Vaccination Hyderabad 1872-1889 - 1872-1889
Year: 1872
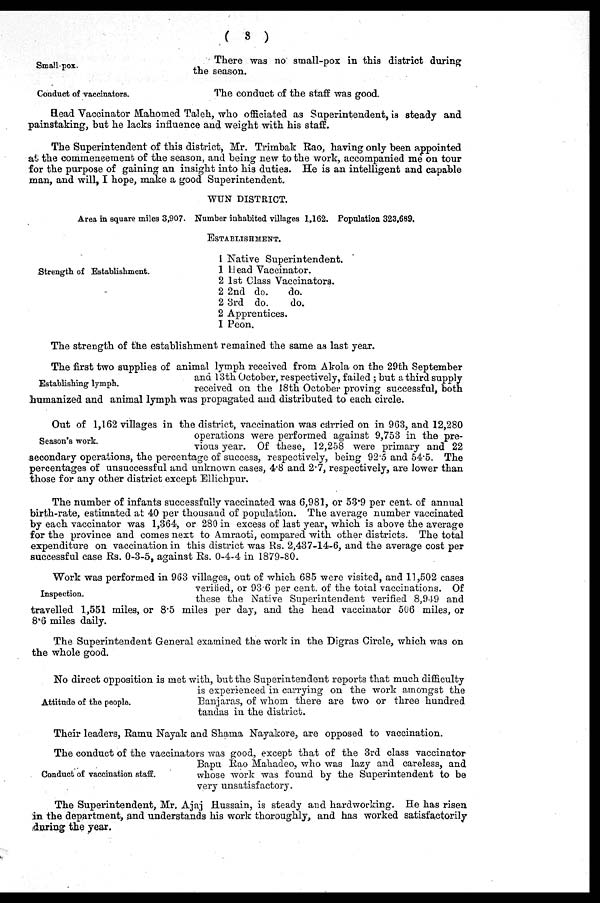
(
3 )
Small-pox.
There was no small-pox in this district during
the season.
Conduct of vaccinators.
The conduct of the staff was good.
Head Vaccinator Mahomed Taleh, who officiated as Superintendent, is steady and
painstaking, but he lacks influence and weight with his staff.
The Superintendent of this district, Mr. Trimbak Rao, having only been appointed
at the commencement of the season, and being new to the work, accompanied me on tour
for the purpose of gaining an insight into his duties. He is an intelligent and capable
man, and will, I hope, make a good Superintendent.
WUN DISTRICT.
Area in square miles 3,907. Number inhabited villages 1,162. Population 323,689.
Strength of Establishment.
ESTABLISHMENT.
1
1
2
2
2
2
1
Native Superintendent.
Head Vaccinator.
1st Class Vaccinators.
2nd do.
do.
3rd do.
do.
Apprentices.
Peon.
The strength of the establishment remained the same as last year.
Establishing lymph.
The first two supplies of animal lymph received from Akola on the 29th September
and 13th October, respectively, failed; but a third supply
received on the 18th October proving successful, both
humanized and animal lymph was propagated and distributed to each circle.
Season's work.
Out of 1,162 villages in the district, vaccination was carried on in 963, and 12,280
operations were performed against 9,753 in the pre-
vious year. Of these, 12,258 were primary and 22
secondary operations, the percentage of success, respectively, being 92.5 and 54.5. The
percentages of unsuccessful and unknown cases, 4.8 and 2.7, respectively, are lower than
those for any other district except Ellichpur.
The number of infants successfully vaccinated was 6,981, or 53.9 per cent. of annual
birth-rate, estimated at 40 per thousand of population. The average number vaccinated
by each vaccinator was 1,364, or 280 in excess of last year, which is above the average
for the province and comes next to Amraoti, compared with other districts. The total
expenditure on vaccination in this district was Rs. 2,437-14-6, and the average cost per
successful case Rs. 0-3-5, against Rs. 0-4-4 in 1879-80.
Inspection.
Work was performed in 963 villages, out of which 685 were visited, and 11,502 cases
verified, or 93.6 per cent. of the total vaccinations. Of
these the Native Superintendent verified 8,949 and
travelled 1,551 miles, or 8.5 miles per day, and the head vaccinator 506 miles, or
8.6 miles daily.
The Superintendent General examined the work in the Digras Circle, which was on
the whole good.
Attitude of the people.
No direct opposition is met with, but the Superintendent reports that much difficulty
is experienced in carrying on the work amongst the
Banjaras, of whom there are two or three hundred
tandas in the district.
Their leaders, Ramu Nayak and Shama Nayakore, are opposed to vaccination.
Conduct of vaccination staff.
The conduct of the vaccinators was good, except that of the 3rd class vaccinator
Bapu Rao Mahadeo, who was lazy and careless, and
whose work was found by the Superintendent to be
very unsatisfactory.
The Superintendent, Mr. Ajaj Hussain, is steady and hardworking. He has risen
in the department, and understands his work thoroughly, and has worked satisfactorily
during the year.